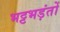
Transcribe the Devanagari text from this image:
भट्टभड़ंतों